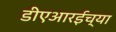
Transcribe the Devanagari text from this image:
डीएआरईच्या